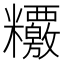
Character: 𥽶